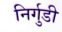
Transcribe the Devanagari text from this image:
निर्गुडी